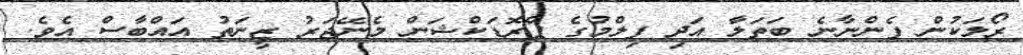
ރޯލަކުން ފެންނާނެ ބަތަލާ އަދި ފިލްމުގެ ޕްރޮޑަކްޝަން މެނޭޖަރު ޒީނަތު އައްބާސް އެވެ.